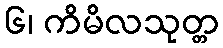
၆၊ ကိမိလသုတ္တ